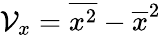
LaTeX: {\cal V}_{x}=\overline{{x^{2}}}-\overline{{x}}^{2}